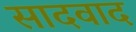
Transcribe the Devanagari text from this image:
सादवाद